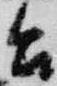
台